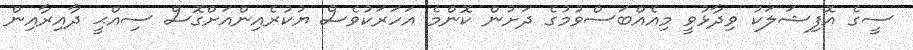
ސީގެ އޮފިޝަލަކު ވިދާޅުވީ މިއެއްބަސްވުމުގެ ދަށުން ކޮންމެ އަހަރަކުވެސް ޔުކުރެއިންއަށްގޮސް ސިއްޙީ ދާއިރާއިން